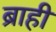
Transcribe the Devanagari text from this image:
ब्राही